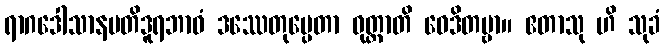
ရာဂဒေါသာနမတိဒူရဘာဝံ ဒဿေတုမ္ပေတာ ဝုတ္တာတိ ဝေဒိတဗ္ဗာ။ ဧတာသု ဟိ သုခံ